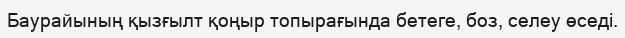
Баурайының қызғылт қоңыр топырағында бетеге, боз, селеу өседі.